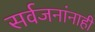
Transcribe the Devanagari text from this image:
सर्वजनांनाही